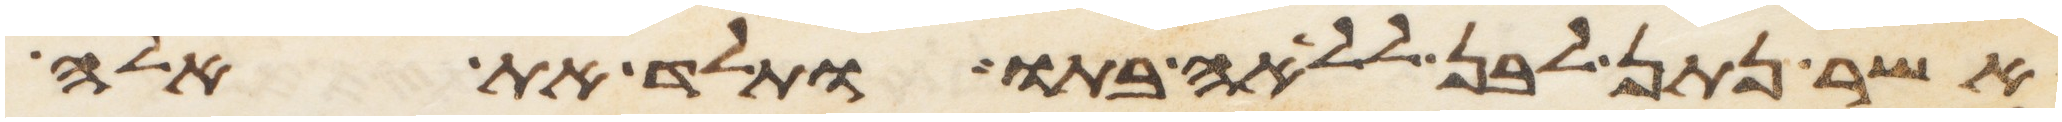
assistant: אשר נתן לבן ללאה בתו ותלד את אלה